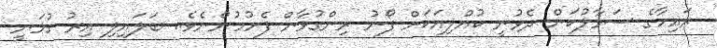
ރައިހާގެ ސަމާލުކަން ދެވުނީ ކުއްލިއަކަށް ފޯނު ރިންގުވާން ފެށުމުންނެވެ.. ބަލައިލި އިރު ގުޅަނީ